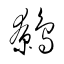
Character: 鷯